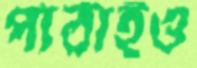
পাঠাইও